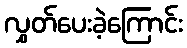
လွှတ်ပေးခဲ့ကြောင်း